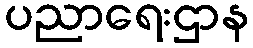
ပညာရေးဌာန